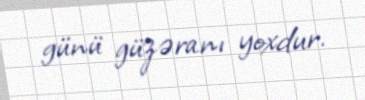
günü güzəranı yoxdur.